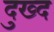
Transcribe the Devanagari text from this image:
दुख्द